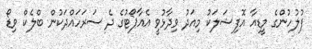
ފުލުހުންގެ މީޑިއާ އޮފިޝަލަކު މިއަދު ވިދާޅުވީ އެއާޕޯޓުގެ ދެ ސަރަހައްދަކުން ބްލެކް ވިޑޯ